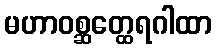
မဟာဝစ္ဆတ္ထေရဂါထာ